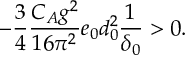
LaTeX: - \frac 3 4 \frac { C _ { A } g ^ { 2 } } { 1 6 \pi ^ { 2 } } e _ { 0 } d _ { 0 } ^ { 2 } \frac 1 { \delta _ { 0 } } > 0 .